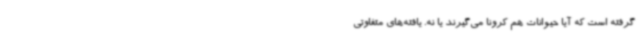
گرفته است که آیا حیوانات هم کرونا می‌گیرند یا نه. یافته‌های متفاوتی